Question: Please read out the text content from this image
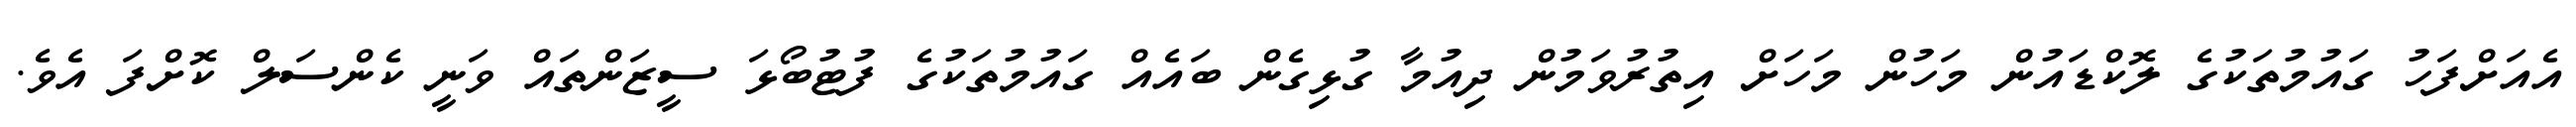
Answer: އެއަށްފަހު ގައުމުތަކުގެ ލޮކްޑައުން މަހުން މަހަށް އިތުރުވަމުން ދިއުމާ ގުޅިގެން ބައެއް ގައުމުތަކުގެ ފުޓުބޯޅަ ސީޒަންތައް ވަނީ ކެންސަލް ކޮށްފަ އެވެ.